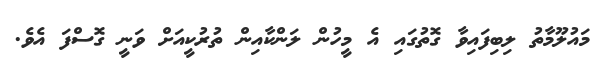
މައުލޫމާތު ލިިބިފައިވާ ގޮތުގައި އެ މީހުން ލަންކާއިން ތުރުކީއަށް ވަނީ ގޮސްފަ އެވެ.